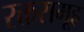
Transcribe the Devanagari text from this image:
रक्तसमूह